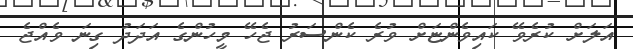
އަލަށް ކުރެވޭ ކައިވެންޏަށް ވުރެ ކެންސަރު ޖެހޭ މީހުންގެ އަދަދު ގިނަ ވެއްޖެ